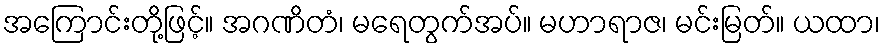
အကြောင်းတို့ဖြင့်။ အဂဏိတံ၊ မရေတွက်အပ်။ မဟာရာဇ၊ မင်းမြတ်။ ယထာ၊